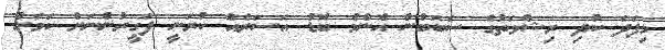
މިފަދަ ކުދި ރިޝްވަތުގެ ސަބަބުން އެންމެ ބޮޑު އަސަރެއް ކުރަނީ ފަގީރުންނަށް ކަމަށް